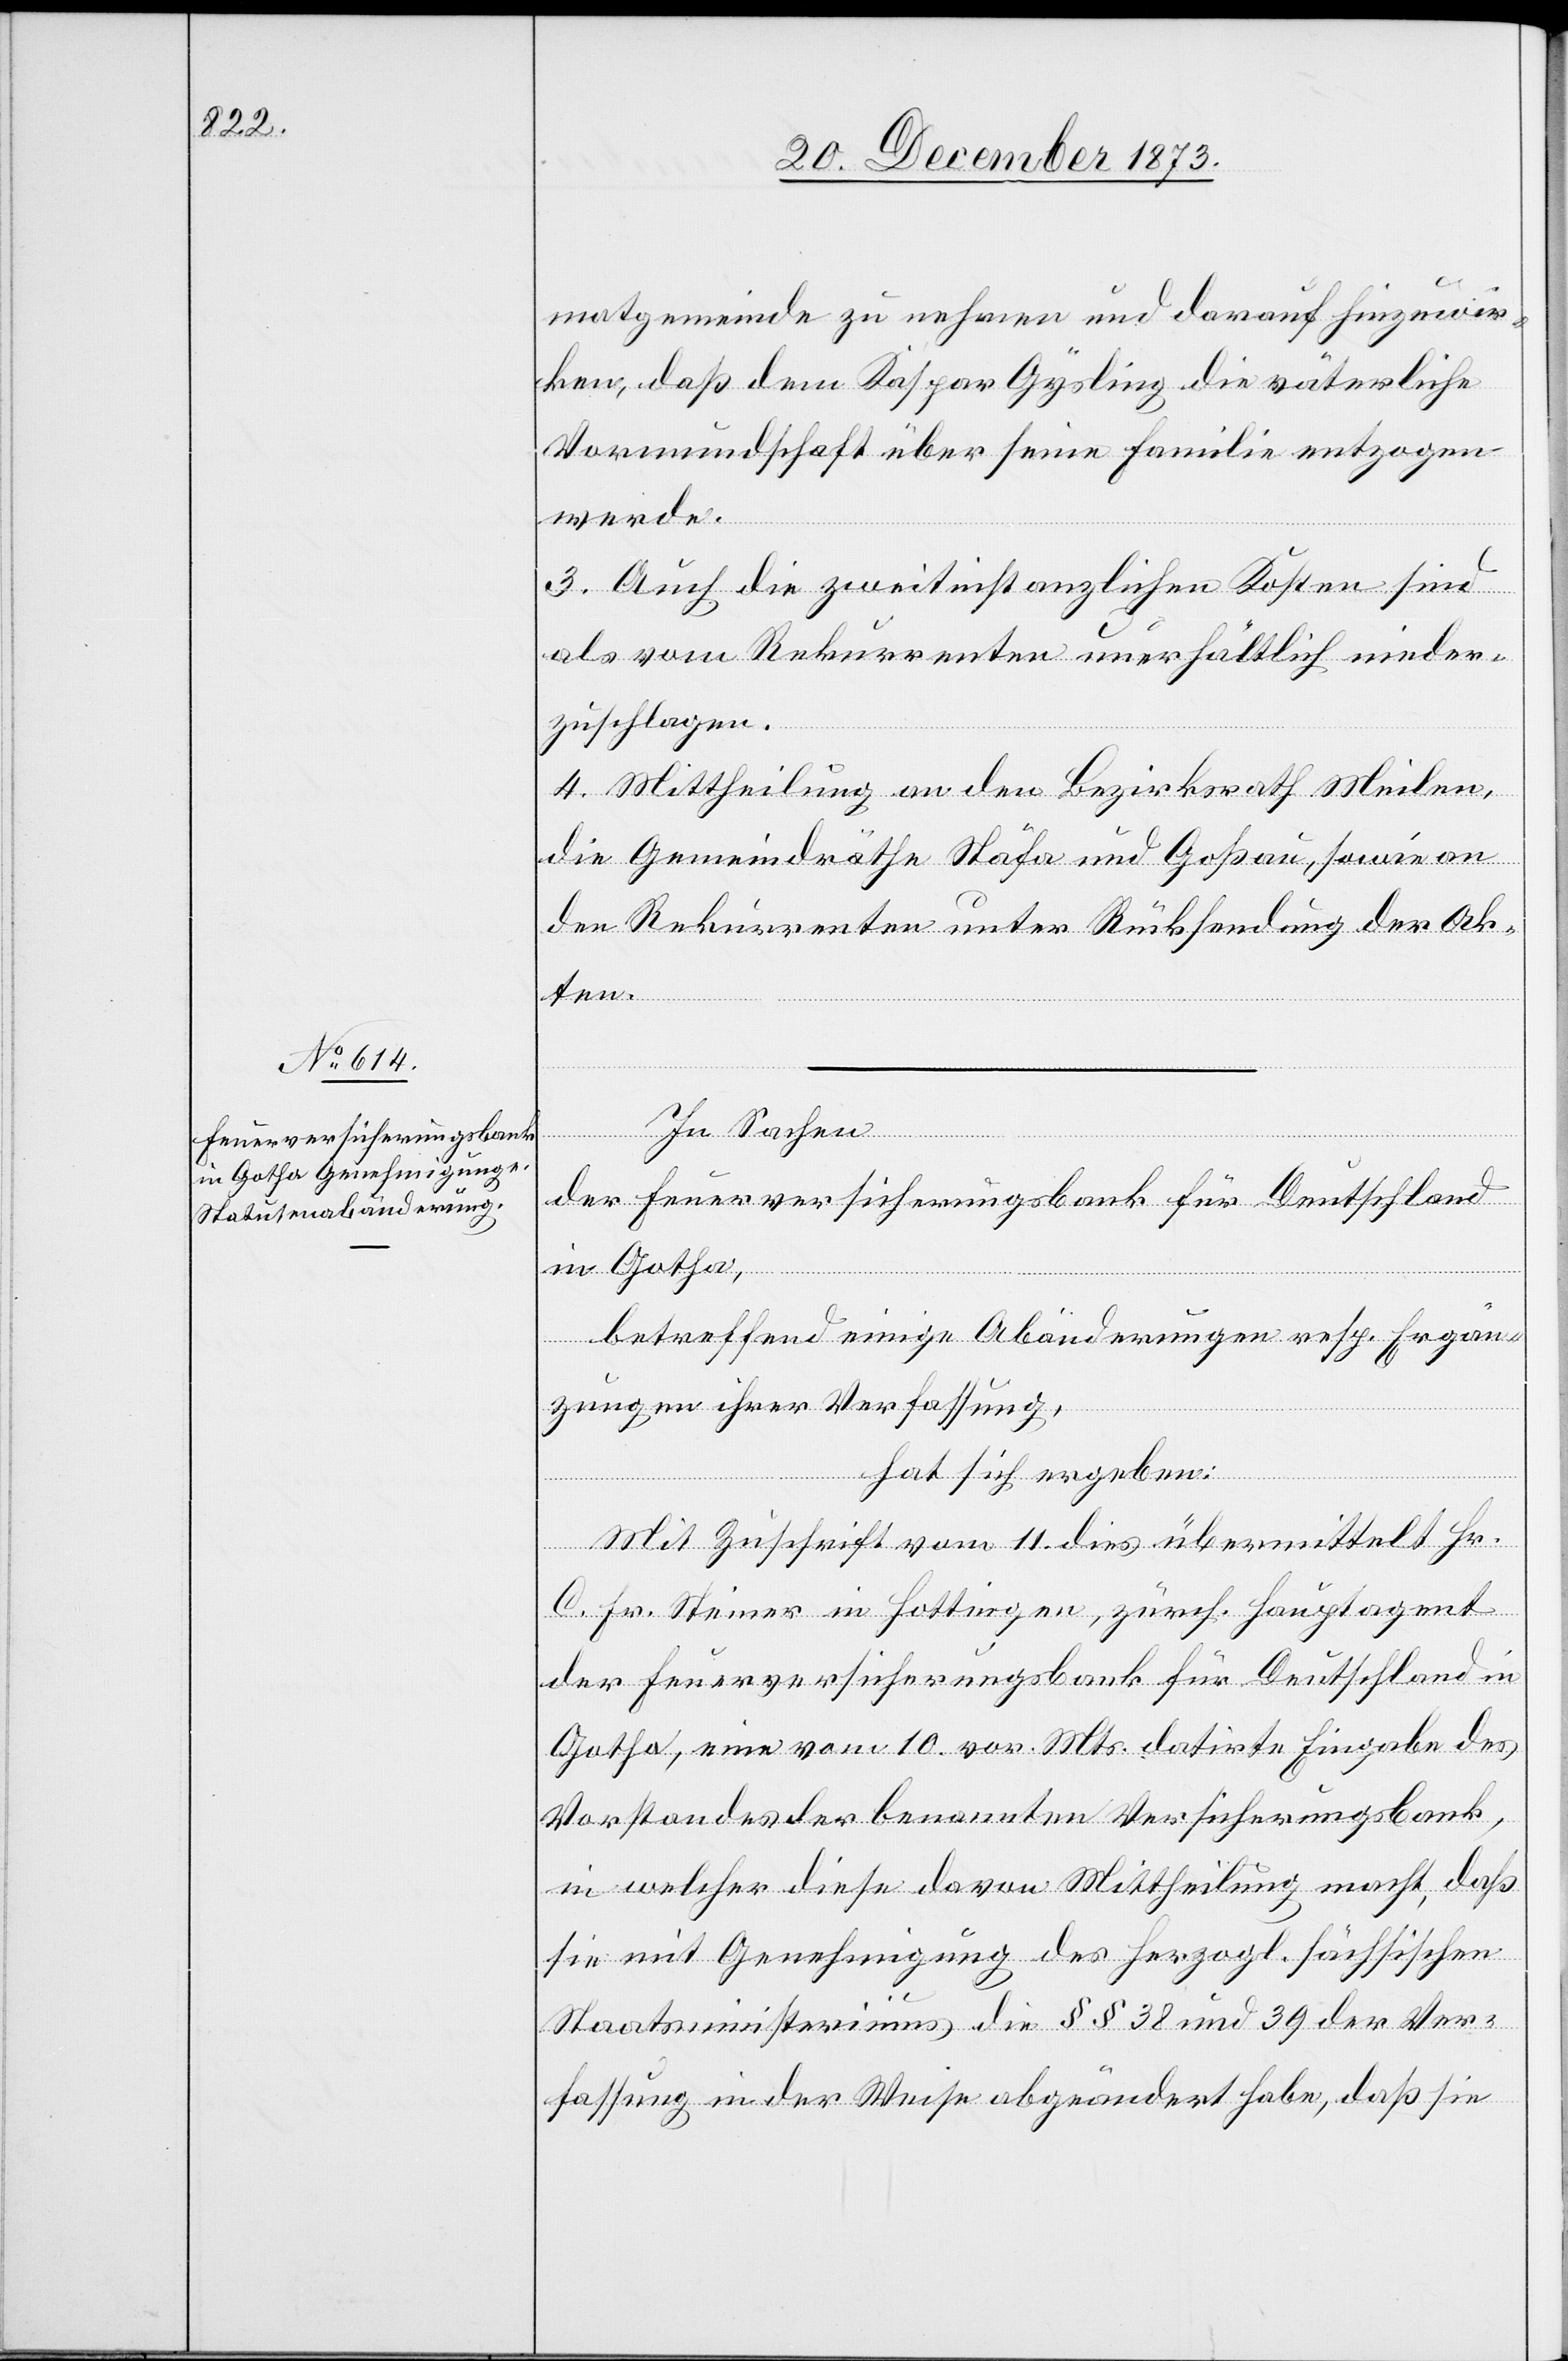
matgemeinde zu nehmen und darauf hinzuwir¬
ken, daß dem Kaspar Gysling die väterliche
Vormundschaft über seine Familie entzogen
werde.
3. Auch die zweitinstanzlichen Kosten sind
als vom Rekurrenten unerhältlich nieder¬
zuschlagen.
4. Mittheilung an den Bezirksrath Meilen,
die Gemeindräthe Stäfa und Goßau, sowie an
den Rekurrenten unter Rücksendung der Ak¬
ten.
In Sachen
der Feuerversicherungsbank für Deutschland
in Gotha,
betreffend einige Abänderungen resp. Ergän¬
zungen ihrer Verfassung,
hat sich ergeben:
Mit Zuschrift vom 11. dies übermittelt Hr.
C. Fr. Steiner in Hottingen, zürch. Hauptagent
der Feuerversicherungsbank für Deutschland in
Gotha, eine vom 10. vor. Mts. datirte Eingabe des
Vorstandes der benannten Versicherungsbank,
in welcher diese davon Mittheilung macht, daß
sie mit Genehmigung des herzogl. sächsischen
Staatsministeriums die §§ 38 und 39 der Ver¬
fassung in der Weise abgeändert habe, daß sie